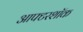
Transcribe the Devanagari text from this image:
आफ्टरशॉक